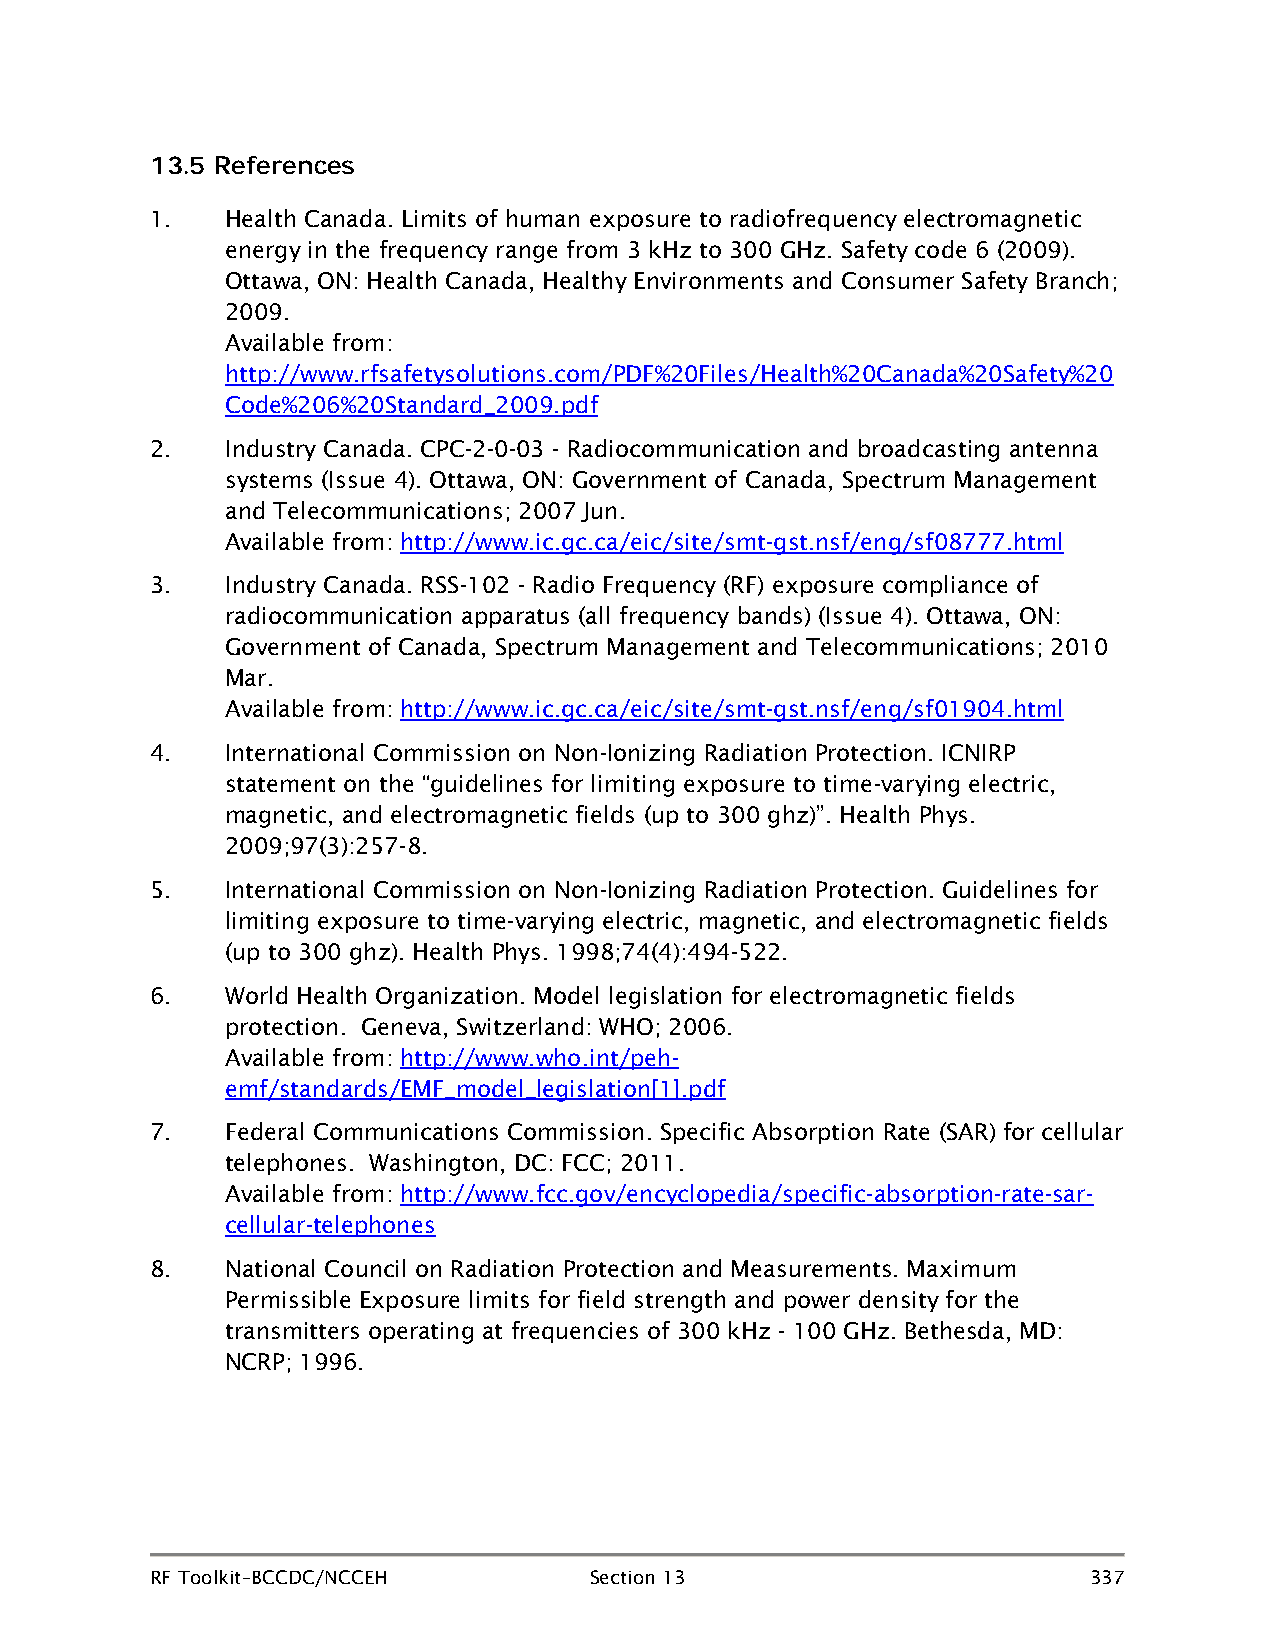
13.5 References
 1.   Health Canada. Limits of human exposure to radiofrequency electromagnetic
 energy in the frequency range from 3 kHz to 300 GHz. Safety code 6 (2009).
 Ottawa, ON: Health Canada, Healthy Environments and Consumer Safety Branch;
 2009.
 Available from:
 http://www.rfsafetysolutions.com/PDF%20Files/Health%20Canada%20Safety%20
 Code%206%20Standard_2009.pdf
 2.   Industry Canada. CPC-2-0-03 - Radiocommunication and broadcasting antenna
 systems (Issue 4). Ottawa, ON: Government of Canada, Spectrum Management
 and Telecommunications; 2007 Jun.
 Available from: http://www.ic.gc.ca/eic/site/smt-gst.nsf/eng/sf08777.html
 3.   Industry Canada. RSS-102 - Radio Frequency (RF) exposure compliance of
 radiocommunication apparatus (all frequency bands) (Issue 4). Ottawa, ON:
 Government of Canada, Spectrum Management and Telecommunications; 2010
 Mar.
 Available from: http://www.ic.gc.ca/eic/site/smt-gst.nsf/eng/sf01904.html
 4.   International Commission on Non-Ionizing Radiation Protection. ICNIRP
 statement on the “guidelines for limiting exposure to time-varying electric,
 magnetic, and electromagnetic fields (up to 300 ghz)”. Health Phys.
 2009;97(3):257-8.
 5.   International Commission on Non-Ionizing Radiation Protection. Guidelines for
 limiting exposure to time-varying electric, magnetic, and electromagnetic fields
 (up to 300 ghz). Health Phys. 1998;74(4):494-522.
 6.   World Health Organization. Model legislation for electromagnetic fields
 protection. Geneva, Switzerland: WHO; 2006.
 Available from: http://www.who.int/peh-
 emf/standards/EMF_model_legislation[1].pdf
 7.   Federal Communications Commission. Specific Absorption Rate (SAR) for cellular
 telephones. Washington, DC: FCC; 2011.
 Available from: http://www.fcc.gov/encyclopedia/specific-absorption-rate-sar-
 cellular-telephones
 8.   National Council on Radiation Protection and Measurements. Maximum
 Permissible Exposure limits for field strength and power density for the
 transmitters operating at frequencies of 300 kHz - 100 GHz. Bethesda, MD:
 NCRP; 1996.
 RF Toolkit–BCCDC/NCCEH       Section 13                       337